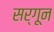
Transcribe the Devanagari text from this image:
सर्गून